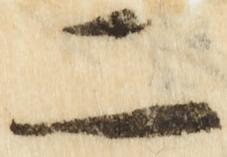
二